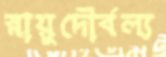
স্নায়ুদৌর্বল্য